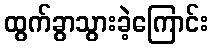
ထွက်ခွာသွားခဲ့ကြောင်း